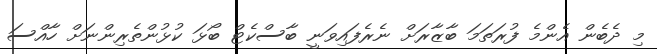
މި ދެބެން އެންމެ ފުރަތަމަ ބާޒާރަށް ނެރެފައިވަނީ ބާސްކެޓް ބޯޅަ ކުޅުންތެރިންނަށް ހާއްސަ